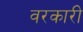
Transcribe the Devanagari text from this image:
वरकारी